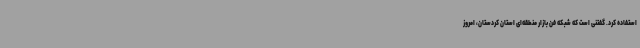
استفاده کرد. گفتنی است که شبکه فن بازار منطقه‌ای استان کردستان، امروز